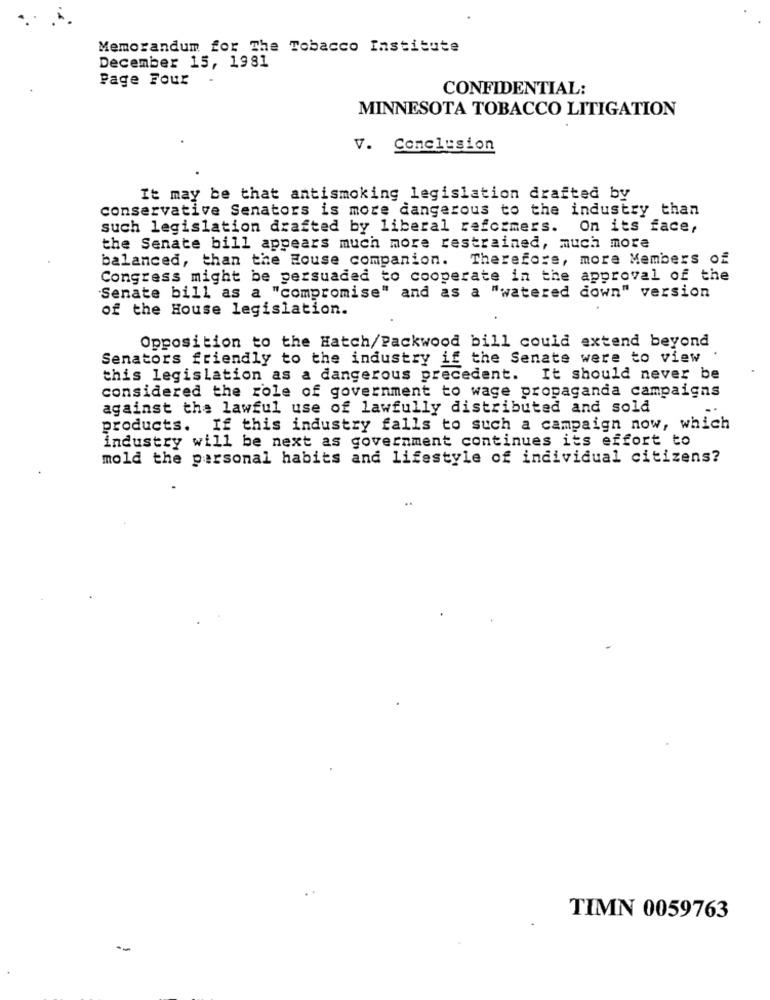
Memorandum for The Tobacco Institute
December 15, 1981
Page Four
.
CONFIDENTIAL:
MINNESOTA TOBACCO LITIGATION
V. Conclusion
It may be that antismoking legislation drafted by
conservative Senators is more dangerous to the industry than
such legislation drafted by liberal reformers.
On its face,
the Senate bill appears much more restrained, much more
balanced, than the House companion. Therefore, more Members of
Congress might be persuaded to cooperate in the approval of the
"Senate bill as a "compromise" and as a "watered down" version
of the House legislation.
Opposition to the Hatch/Packwood bill could extend beyond
Senators friendly to the industry if the Senate were to view
.
this legislation as a dangerous precedent. It should never be
considered the role of government to wage propaganda campaigns
against the lawful use of lawfully distributed and sold
products. If this industry falls to such a campaign now, which
industry will be next as government continues its effort to
mold the personal habits and lifestyle of individual citizens?
TIMN 0059763